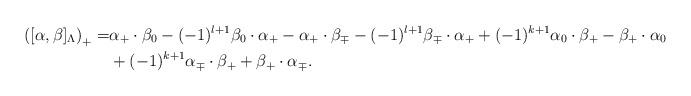
LaTeX: \begin{align*}\left([\alpha,\beta]_{\Lambda}\right)_+ =& \alpha_+ \cdot \beta_0 - (-1)^{l+1} \beta_0 \cdot \alpha_+ - {\alpha_+} \cdot \beta_{\mp} - (-1)^{l+1}\beta_{\mp} \cdot \alpha_+ +(-1)^{k+1} \alpha_0 \cdot \beta_+ - \beta_+ \cdot \alpha_0 \\&+ (-1)^{k+1} \alpha_{\mp} \cdot \beta_+ + \beta_+ \cdot \alpha_{\mp}. \end{align*}